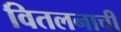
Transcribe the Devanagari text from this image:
वितलनाची